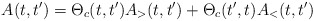
\begin{align*}A(t,t') = \Theta_{c}(t,t') A_{>}(t,t') + \Theta_{c}(t',t) A_{<}(t,t') \end{align*}